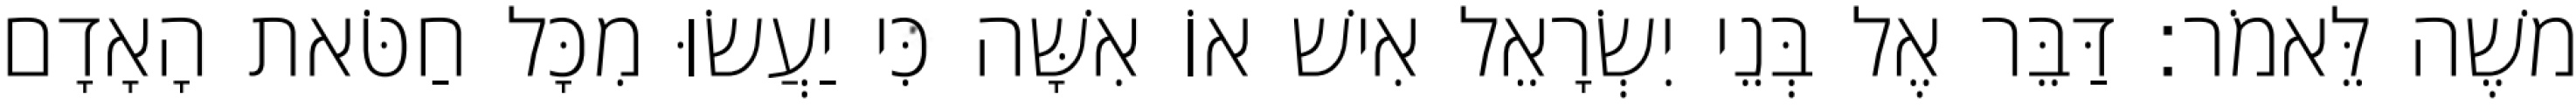
משֶׁה לֵּאמֹר׃ דַּבֵּר אֶל בְּנֵי יִשְׂרָאֵל אִישׁ אוֹ אִשָּׁה כִּי יַעֲשׂוּ מִכָּל חַטֹּאת הָאָדָם